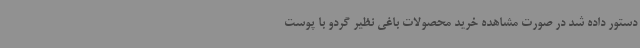
دستور داده شد در صورت مشاهده‌ خرید محصولات باغی نظیر گردو با پوست